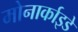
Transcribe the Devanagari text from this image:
मोनार्काइडे